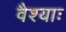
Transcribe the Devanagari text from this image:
वैश्याः